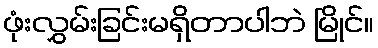
ဖုံးလွှမ်းခြင်းမရှိတာပါဘဲ မြိုင်။